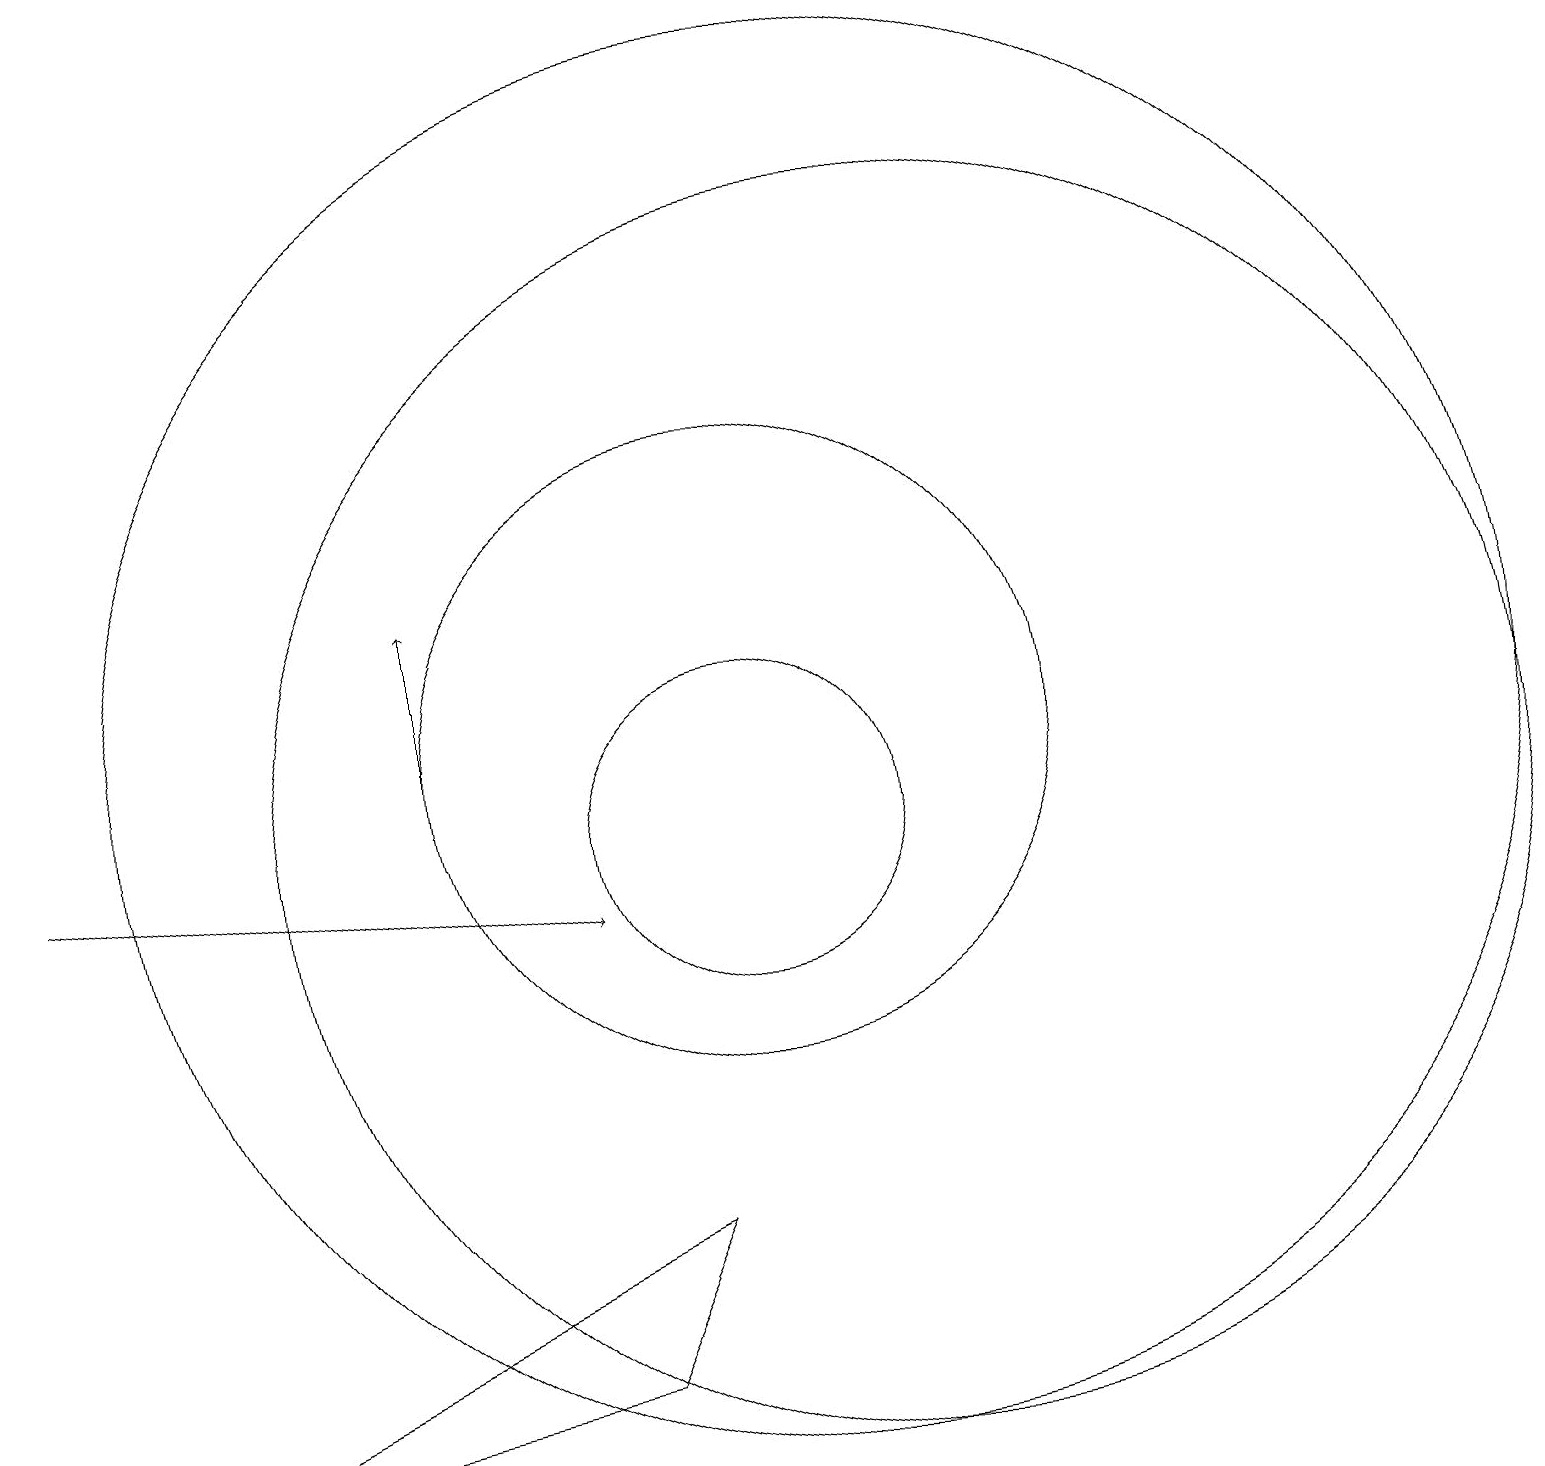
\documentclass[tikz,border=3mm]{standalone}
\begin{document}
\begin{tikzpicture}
\draw[->] (1,11) -- (8,10);
\draw[->] (6,12) -- (6,14);
\draw (8,4) -- (9,6) -- (2,3) -- cycle;
\draw (10,12) circle (4);
\draw (12,11) circle (8);
\draw (10,11) circle (2);
\draw (11,12) circle (9);
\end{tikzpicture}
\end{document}